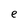
Character: e